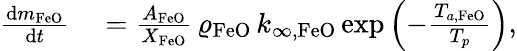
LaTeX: \begin{array}{rl}{\frac{\mathrm{d}m_{\mathrm{FeO}}}{\mathrm{d}t}}&{{}=\frac{A_{\mathrm{FeO}}}{X_{\mathrm{FeO}}}\, \varrho_{\mathrm{FeO}}\, k_{\infty,\mathrm{FeO}}\, \mathrm{exp}\left(-\frac{T_{a,\mathrm{FeO}}}{T_{p}}\right),}\end{array}